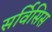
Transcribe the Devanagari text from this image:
सर्विसिस